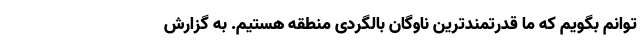
توانم بگویم که ما قدرتمندترین ناوگان بالگردی منطقه هستیم. به گزارش